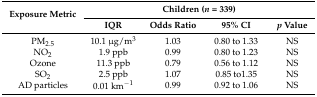
<table><thead><tr><td rowspan="2"><b>Exposure Metric</b></td><td colspan="4"><b>Children (<i>n</i> = 339)</b></td></tr><tr><td><b>IQR</b></td><td><b>Odds Ratio</b></td><td><b>95% CI</b></td><td><b><i>p</i> Value</b></td></tr></thead><tbody><tr><td>PM<sub>2.5</sub></td><td>10.1 μg/m<sup>3</sup></td><td>1.03</td><td>0.80 to 1.33</td><td>NS</td></tr><tr><td>NO<sub>2</sub></td><td>1.9 ppb</td><td>0.99</td><td>0.80 to 1.23</td><td>NS</td></tr><tr><td>Ozone</td><td>11.3 ppb</td><td>0.79</td><td>0.56 to 1.12</td><td>NS</td></tr><tr><td>SO<sub>2</sub></td><td>2.5 ppb</td><td>1.07</td><td>0.85 to1.35</td><td>NS</td></tr><tr><td>AD particles</td><td>0.01 km<sup>−1</sup></td><td>0.99</td><td>0.92 to 1.06</td><td>NS</td></tr></tbody></table>